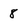
Character: 8